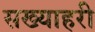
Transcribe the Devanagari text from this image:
सख्याहरी